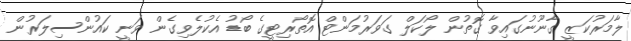
ލާމަރުކަޒީ ގާނޫނުގައިވާ ގޮތުން ލޯކަލް ގަވަރުމަންޓް އޮތޯރިޓީގެ ބޯޑު އެކުލެވިގެން ވަނީ ކައުންސިލަރުން